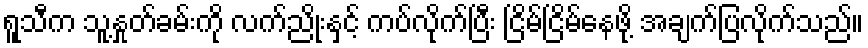
ရူသီက သူ့နှုတ်ခမ်းကို လက်ညိုးနှင့် ကပ်လိုက်ပြီး ငြိမ်ငြိမ်နေဖို့ အချက်ပြလိုက်သည်။